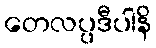
တေလပ္ပဒီပါနိ